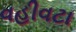
વહીવટા